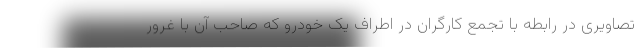
تصاویری در رابطه با تجمع کارگران در اطراف یک خودرو که صاحب آن با غرور